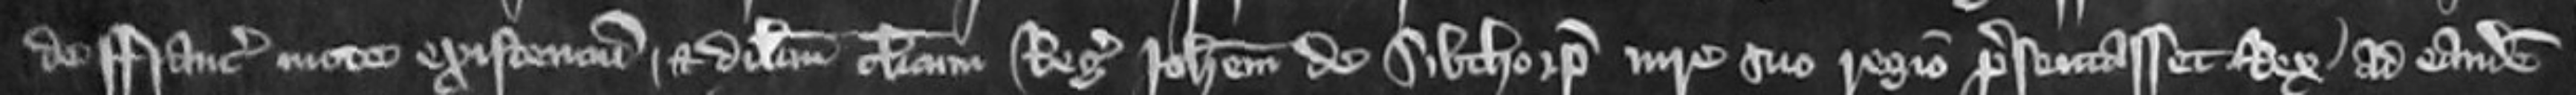
de Francie mote existencium et dilectum clericum Regis Johannem de Sibthorp iure suo Regio presentasset Rex ad eandem